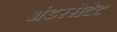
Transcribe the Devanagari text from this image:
अंडररोटेट